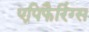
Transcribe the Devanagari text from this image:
एपिफैरिंग्स